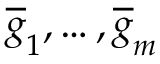
\overline { { g } } _ { 1 } , \hdots , \overline { { g } } _ { m }